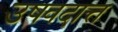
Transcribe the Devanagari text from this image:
उषवदात्त